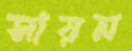
সায়ন